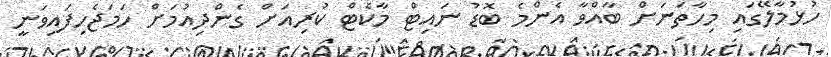
ހުޅުމާލޭގައި މިހާތަނަށް ބާއްވާ އެންމެ ބޮޑު ނައިޓް މާކެޓް ކުރިއަށް ގެންދިއުމަށް ހަމަޖެހިފައިވަނީ